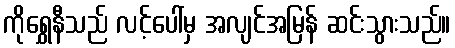
ကိုရွှေနီသည် လင့်ပေါ်မှ အလျင်အမြန် ဆင်းသွားသည်။